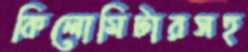
কিলোমিটারসহ